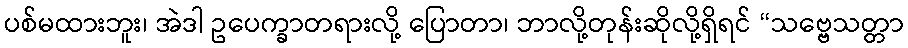
ပစ်မထားဘူး၊ အဲဒါ ဥပေက္ခာတရားလို့ ပြောတာ၊ ဘာလို့တုန်းဆိုလို့ရှိရင် “သဗ္ဗေသတ္တာ